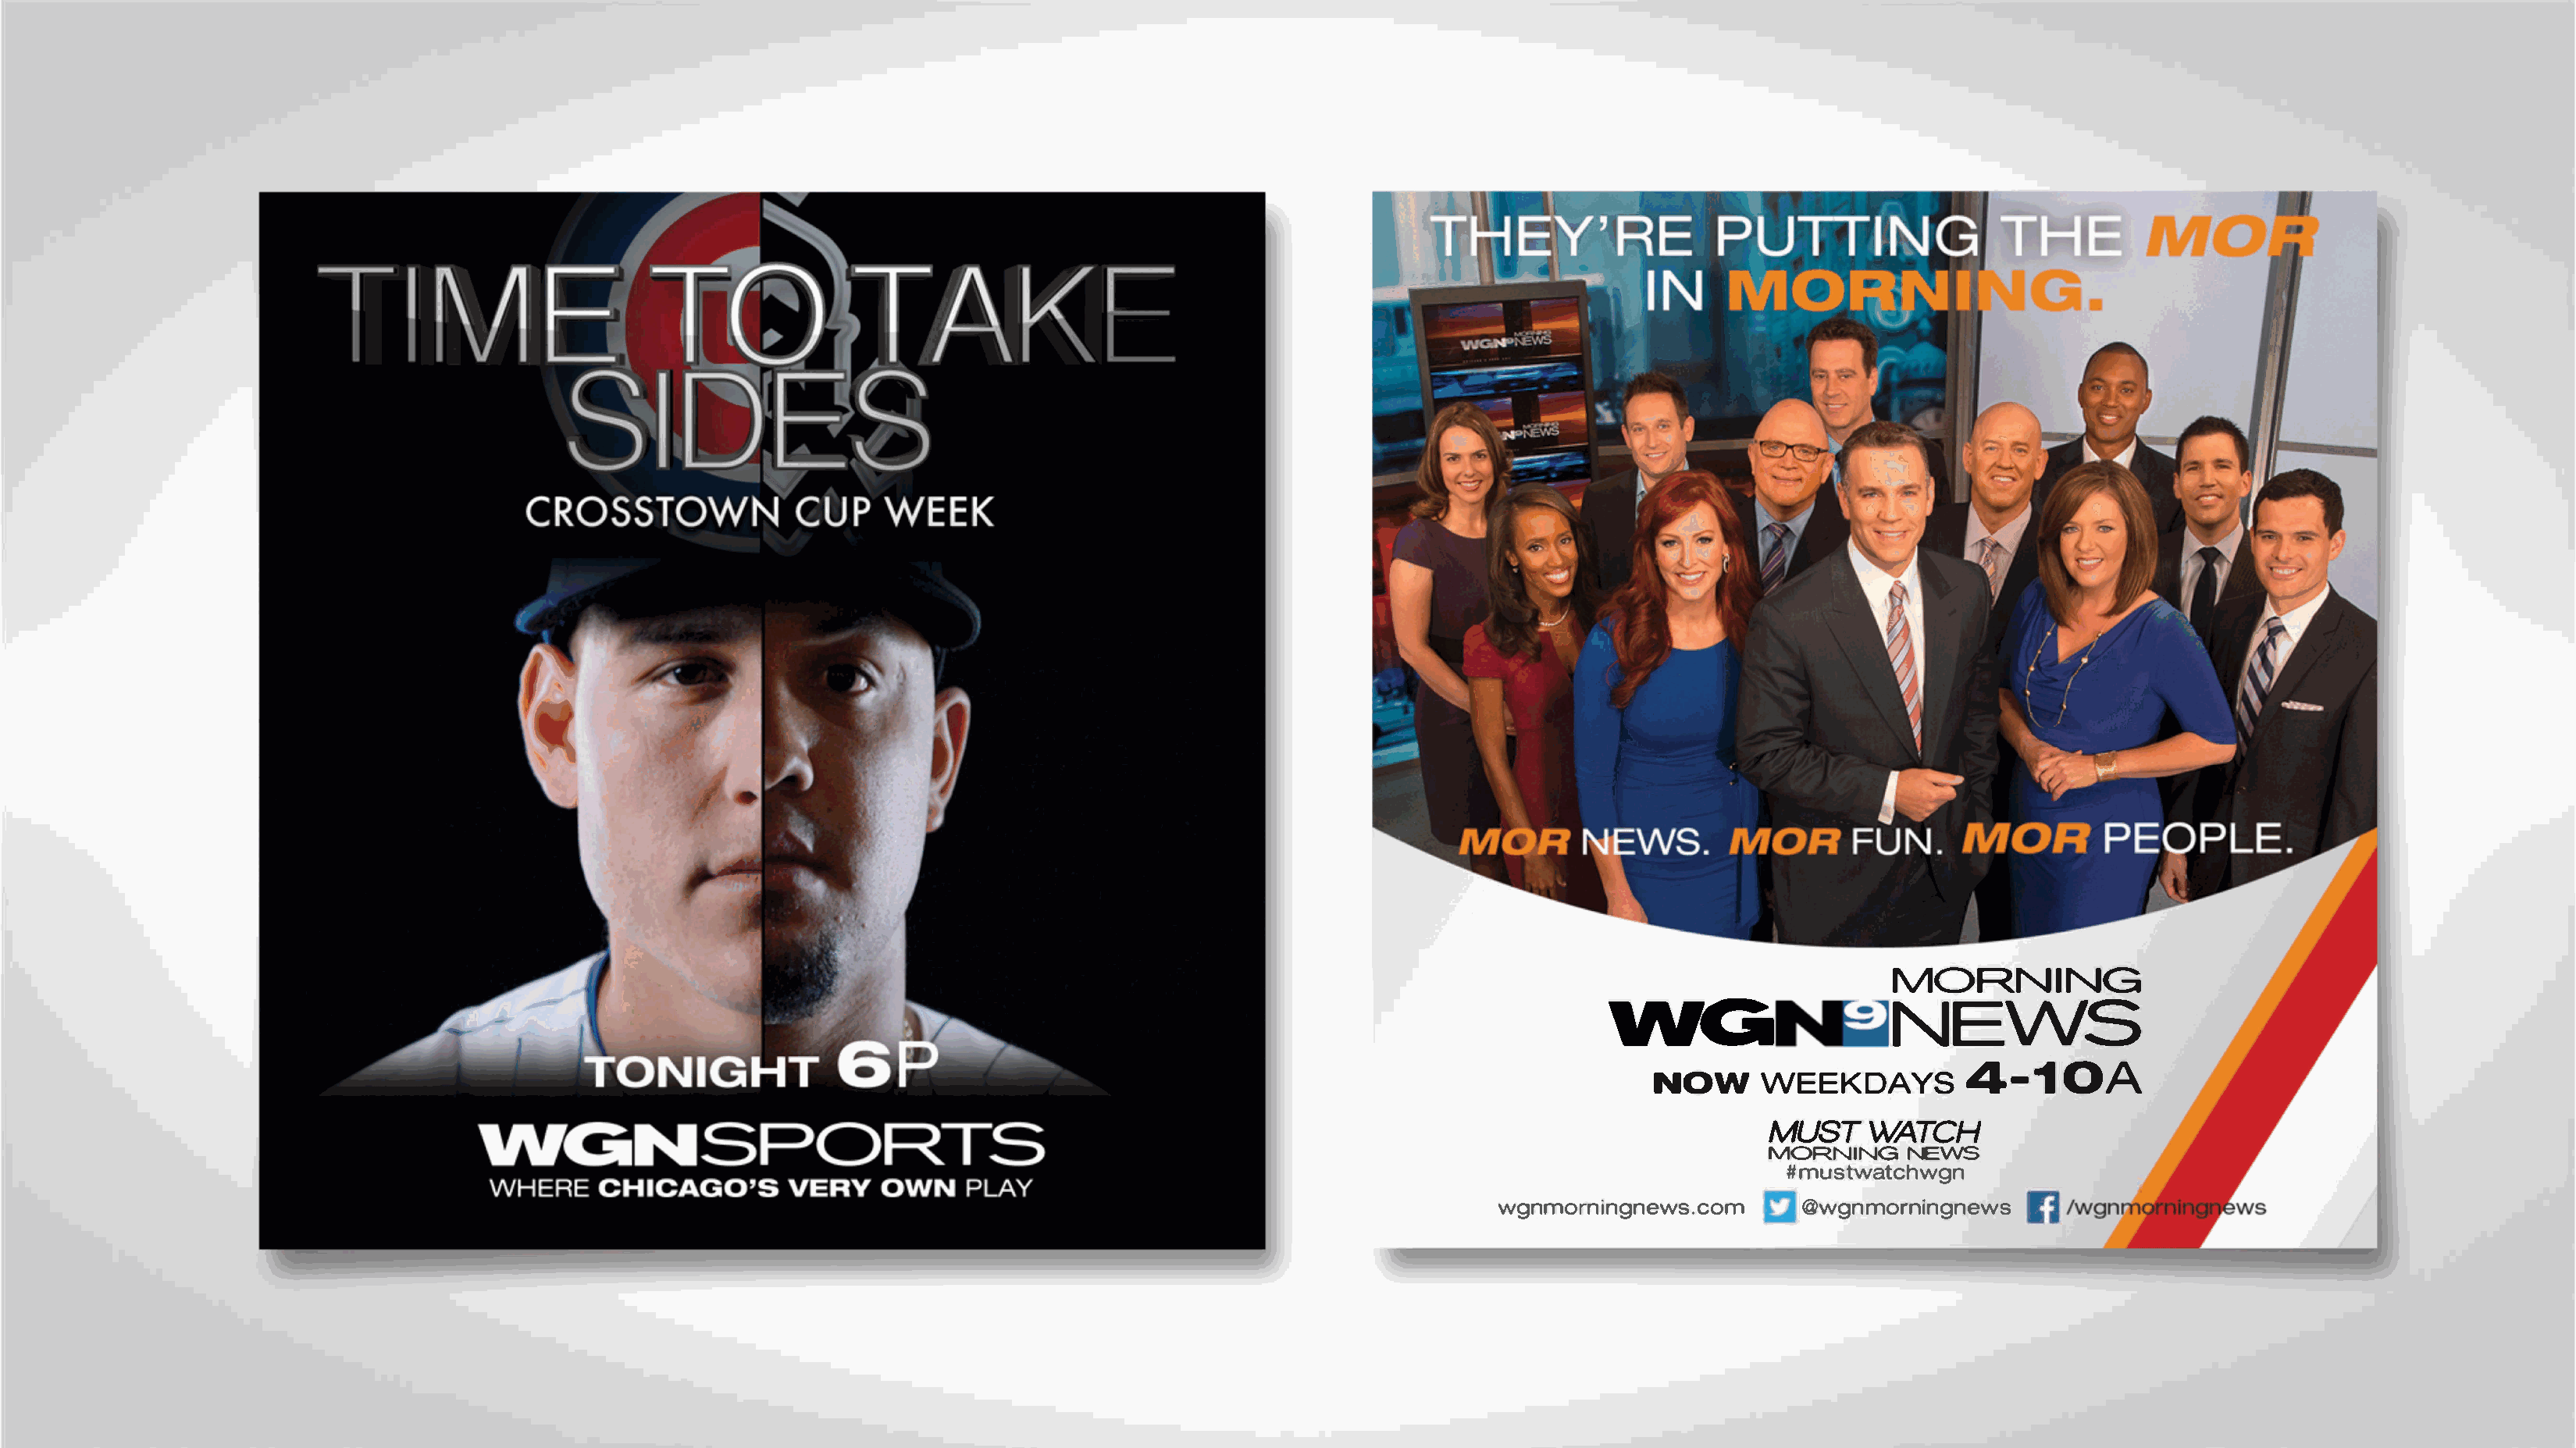
MQ     ,RNING
 WG                      NE\NS
 4-10A
 NOW      WEEKDAYS
 MUST    WATCH
 MORNINGNE    WS
 #mustwatchwgn
 wgnmorningnew@sw.gcnommo              rningnews